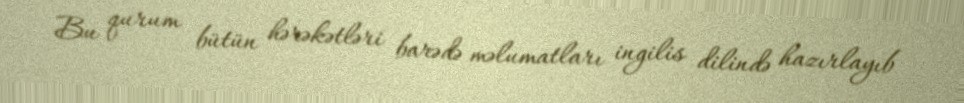
Bu qurum bütün hərəkətləri barədə məlumatları ingilis dilində hazırlayıb